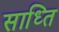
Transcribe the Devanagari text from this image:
साध्ति